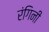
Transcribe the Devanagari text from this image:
रंगिनी